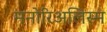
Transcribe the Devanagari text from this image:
मनोरिअलिस्म